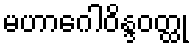
မဟာဂေါဝိန္ဒဝတ္ထု